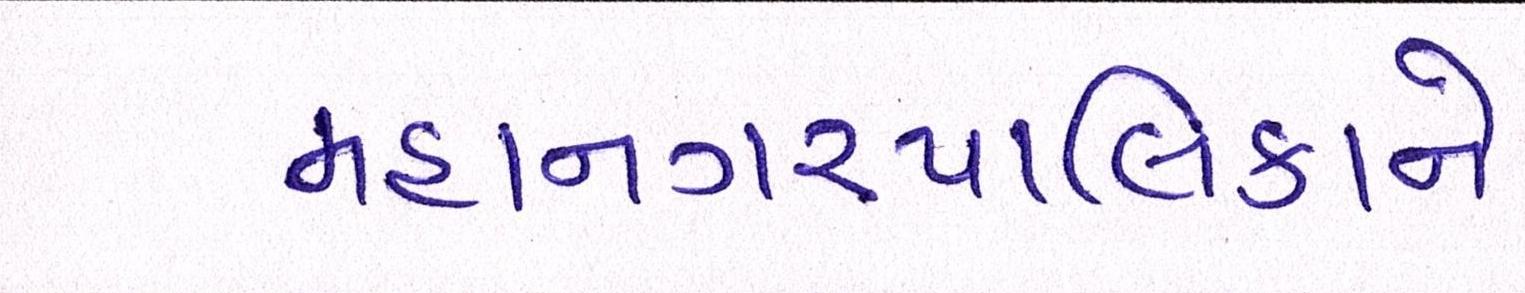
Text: મહાનગરપાલિકાને